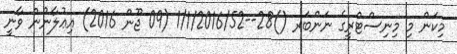
މިކަން މި މިނިސްޓްރީގެ ނަންބަރ ()28--1/1/2016/52 (09 ޖޫން 2016) އިޢުލާނުން ވާނީ